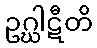
ဥဂ္ဃါဋီတိ